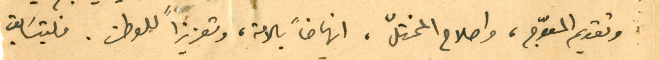
وتقويم المعوّج، واصلاح المختلّ، انهاضاً بالامة، وتعزيزاً للوطن. فليتسَابق